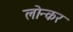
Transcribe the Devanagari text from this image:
लोन्कर